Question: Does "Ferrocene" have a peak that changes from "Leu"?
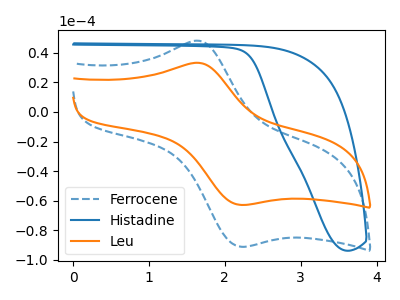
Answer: <think>The blue dashed curve "Ferrocene" has an anodic peak at (1.70V, 47.90uA) and a cathodic peak at (2.20V, -91.10uA). The blue curve "Histadine" has no peaks. The orange curve "Leu" has an anodic peak at (1.70V, 33.05uA) and a cathodic peak at (2.20V, -62.85uA).
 All the peaks in "Ferrocene" have a peak in "Leu" at the same potential. Every peak in "Ferrocene" is higher than every peak in "Leu".</think>
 <answer>No, "Ferrocene" and "Leu" don't appear to be significantly different in shape</answer>
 <eval>no_change</eval>